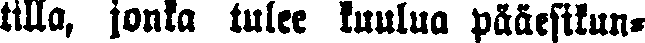
tilla, jonka tulee kuulua pääesikun-